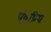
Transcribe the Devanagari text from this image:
पं०प्रिय